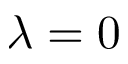
\lambda = 0